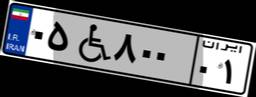
۰۵W۸۰۰۰۱